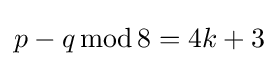
p-q\operatorname {mod} 8=4k+3